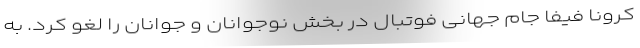
کرونا فیفا جام جهانی فوتبال در بخش نوجوانان و جوانان را لغو کرد. به